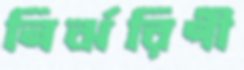
নির্ঝরিণী